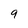
Character: 9